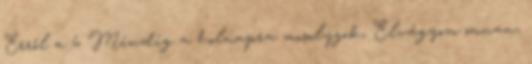
Erről a 6 Mindig a holnapra mosolygok, Elvágyom onnan,